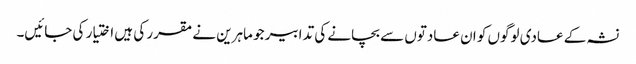
نشہ کے عادی لوگوں کو ان عادتوں سے بچانے کی تدابیر جو ماہرین نے مقرر کی ہیں اختیار کی جائیں۔